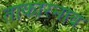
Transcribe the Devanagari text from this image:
ताकारनाव